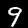
Digit: 9